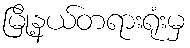
မြို့နယ်တရားရုံးမှ